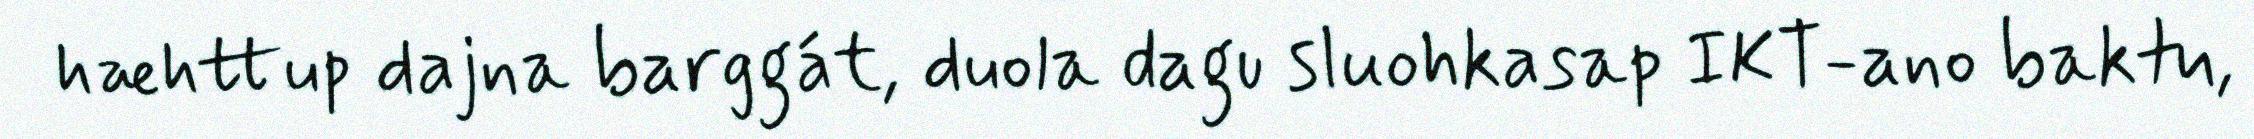
hæhttup dajna barggát, duola dagu sluohkasap IKT-ano baktu,